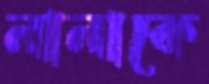
নানাকে